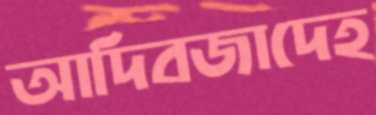
আদিবজাদেহ